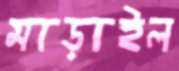
মাড়াইল